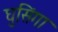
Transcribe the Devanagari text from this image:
घुसिंगा